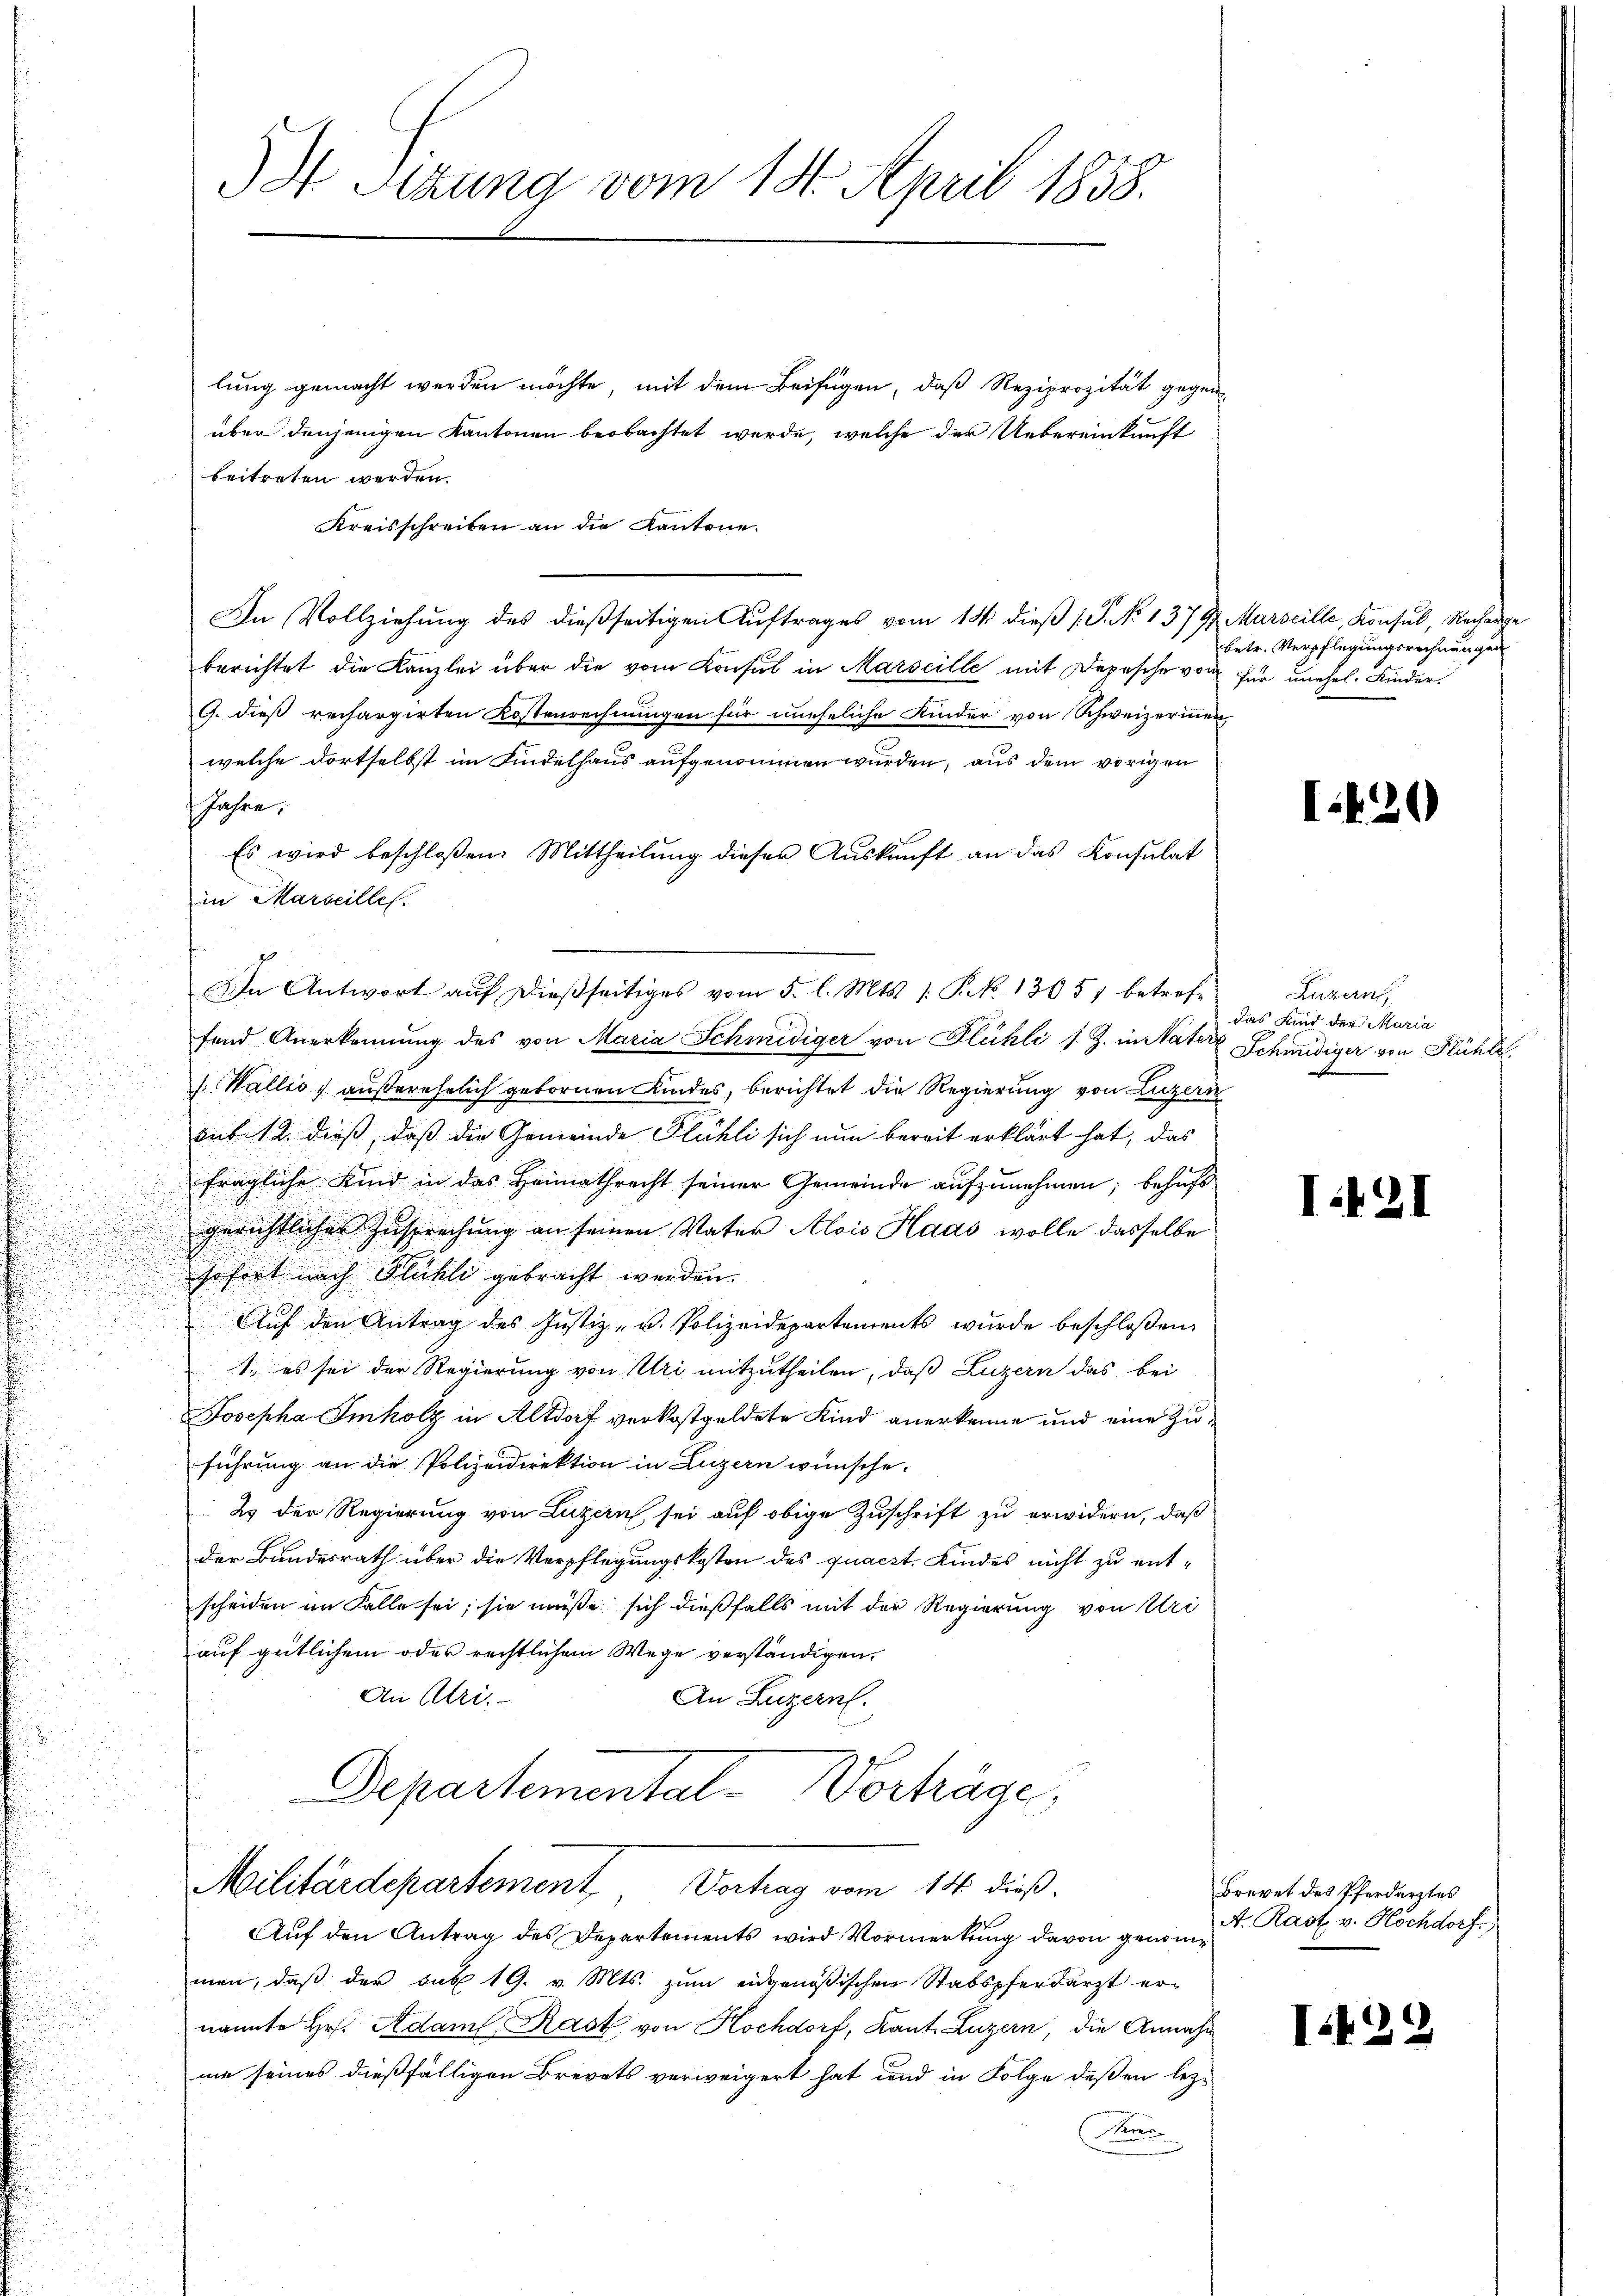
u

u

lung gemacht werden möchte, mit dem Beifügen, daß Reziprozität gegen
über denjenigen Kantonen beobachtet werde, welche der Uebereinkunft
beitreten werden.
Kreisschreiben an die Kantone.
In Vollziehung des dießseitigen Auftrages vom 14. dieß (T. No 137 9. Marseille, Konsul, Rechenge
berichtet die Kanzlei über die vom Konsul in Marseille mit Depesche von für unehel. Kinder¬
9. dieß rechargirten Kostenrechnungen für uneheliche Kinder von Schweizerinnen
welche dortselbst im Findelhaus aufgenommen wurden, aus dem vorigen
fahre.
Es wird beschloßen: Mittheilung dieser Auskunft an das Konsulat
in Marseilles.
fend Anerkennung des von Maria Schmidiger von Flühli s. Z. in Mater Schmidiger von Flühl
 Wallis, außerehelich gebornen Kindes, berichtet die Regierung von Luzern
sub. 12. dieß, daß die Gemeinde Flühli sich nun bereit erklärt hat, das
fragliche Kind in das Heimathrecht seiner Gemeinde aufzunehmen; behufs
gerichtlicher Zusprechung an seinen Vater Alois Haas wolle dasselbe
sofort nach Flühli gebracht werden.
Auf den Antrag des Justiz- u. Polizeidepartements wurde beschlossen:
1., es sei der Regierung von Uri mitzutheilen, daß Luzern das bei
Josepha Imholz in Altdorf verkostgeldete Kind anerkenne und eine Zuführung an die Polizeidirektion in Luzern wünsche.
2 der Regierung von Luzern sei auf obige Zuschrift zu erwidern, daß
der Bundesrath über die Verpflegungskosten des quaczt. Kindes nicht zu entscheiden im Falle sei; sie müße sich dießfalls mit der Regierung von Uri
auf gütlichem oder rechtlichem Wege verständigen,
An Ulri
An Luzern.

3 Tigung vom 14. April 1858.

In Antwort auf dießseitiges vom 5. l. Mts. 1. P. N. 13057 betref¬

Departemental-Verhäge
Militärdepartement Vertrag vom 14. dieß.

betr. Verpflegungsrechnungen

Auf den Antrag des Departements wird Vormerkung davon genommen, daß der sub 19. v. Mts. zum eidgenößischen Stabspferdarzt er-
nannte Hr. Adam Rast von Hochdorf, Kant. Luzern, die Annahm
me seines dießfälligen Brevets verweigert hat und in Folge deßen lez¬
Pre

I.430

Luzern,
das Kind der Maria

I.421

Brevet des Pferdarztes
A. Rast v. Hochdorf,

I.429